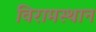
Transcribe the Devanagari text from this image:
विरामस्थान